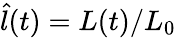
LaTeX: \hat{l}(t)=L(t)/L_{0}